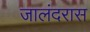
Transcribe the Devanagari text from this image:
जालंदरास